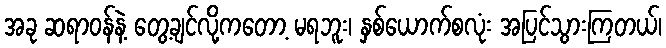
အခု ဆရာဝန်နဲ့ တွေ့ချင်လို့ကတော့ မရဘူး၊ နှစ်ယောက်စလုံး အပြင်သွားကြတယ်၊